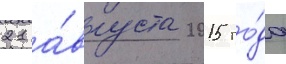
21 а́вгуста 2015 го́да